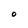
Character: O